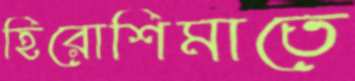
হিরোশিমাতে